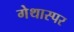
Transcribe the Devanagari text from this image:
गेथास्पर